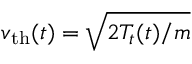
v _ { \mathrm { t h } } ( t ) = \sqrt { { 2 T _ { t } ( t ) } / { m } }